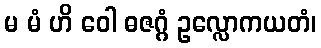
မ မံ ဟိ ဝေါ ဓဇဂ္ဂံ ဥလ္လောကယတံ၊